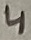
Text: 4